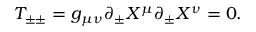
T _ { \pm \pm } = g _ { \mu \nu } \partial _ { \pm } X ^ { \mu } \partial _ { \pm } X ^ { \nu } = 0 .